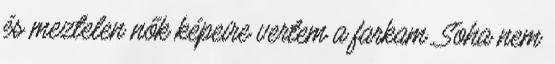
és meztelen nők képeire vertem a farkam. Soha nem